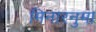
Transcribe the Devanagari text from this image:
मिनारनुमा